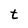
Character: t